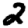
Digit: 2